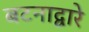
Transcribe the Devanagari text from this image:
बटनाद्वारे